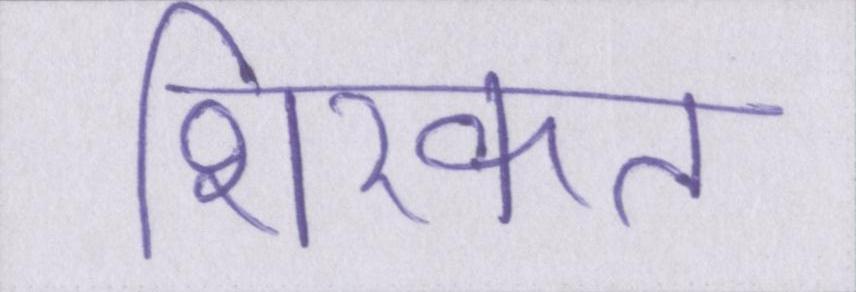
शिरकत